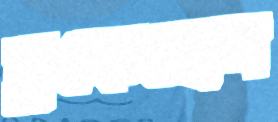
চুকেছেন